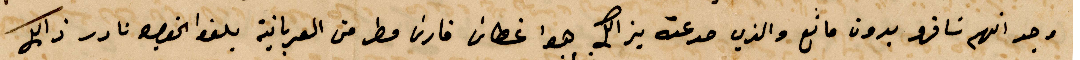
وجد انهم سافروا بدون مانه والذي مد عنه بذلك هو غطاس فارس مطر من العربانية يلغوا بخصوص نادر ذلك